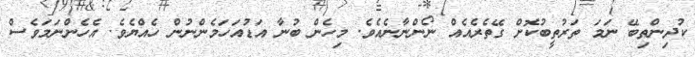
ކުދިންތިބޭ ނަމަ ތަރުތީބުކޮށް ގޭތެރެއެއް ނޯންނާނެއެވެ. މިހެން ބުނާ އަޑުއަހަމެންނުން ހެއްޔެވެ. އެހެންނަމަވެސް